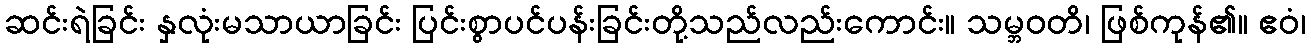
ဆင်းရဲခြင်း နှလုံးမသာယာခြင်း ပြင်းစွာပင်ပန်းခြင်းတို့သည်လည်းကောင်း။ သမ္ဘဝတိ၊ ဖြစ်ကုန်၏။ ဧဝံ၊